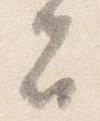
者